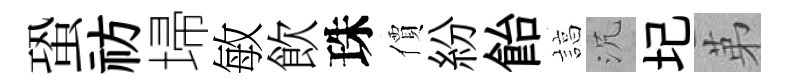
蛩祊埽敏飲珠價紛飴諄沉圮苐